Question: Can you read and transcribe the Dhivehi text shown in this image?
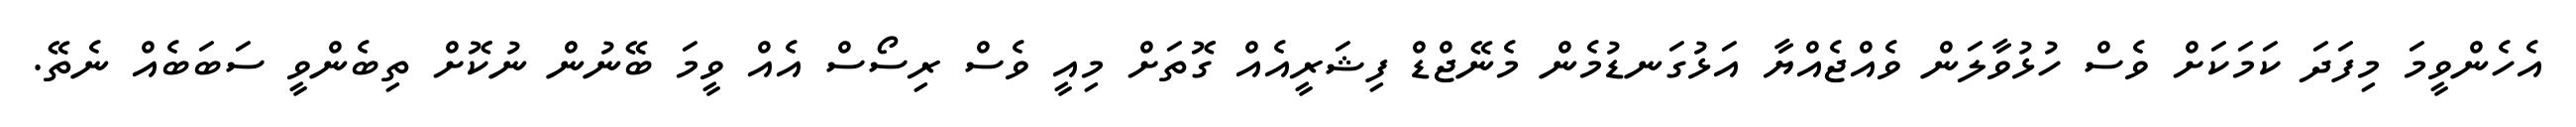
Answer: އެހެންވީމަ މިފަދަ ކަމަކަށް ވެސް ހުޅުވާލަން ވެއްޖެއްޔާ އަޅުގަނޑުމެން މެނޭޖްޑް ފިޝަރީއެއް ގޮތަށް މިއީ ވެސް ރިސޯސް އެއް ވީމަ ބޭނުން ނުކޮށް ތިބެންވީ ސަބަބެއް ނެތޭ.